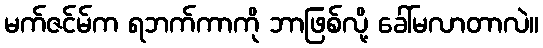
မက်ဇင်မ်က ရဘက်ကာကို ဘာဖြစ်လို့ ခေါ်မလာတာလဲ။